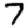
Digit: 7